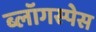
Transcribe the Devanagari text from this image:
ब्लॉगस्पेस